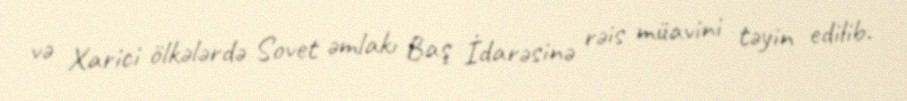
və Xarici ölkələrdə Sovet əmlakı Baş İdarəsinə rəis müavini təyin edilib.